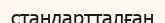
стандартталған